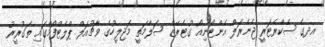
އދގެ ސެކްރެޓަރީ ޖެނެރަލް އެންޓޯނިއޯ ގުޓެރޭޒް ސަލާމަތީ މަޖިލީހުގެ ވާޗުއަލް ޕްލެޓްފޯމްގައި ތަގުރީރު